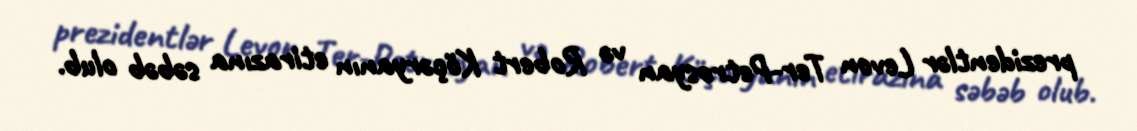
prezidentlər Levon Ter-Petrosyan və Robert Köçəryanın etirazına səbəb olub.